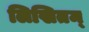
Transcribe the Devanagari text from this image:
लिखितम्